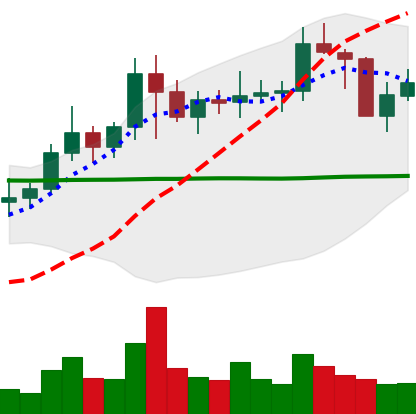
Ticker: NEO-USD
Chart end date: 2021-01-23
Forward return: -8.25%
Label: down_7plus